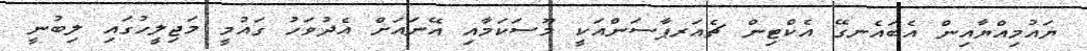
ޔައުމިއްޔާއިން އެބައެނގޭ އެކްޓިން ޗެއަރޕާސަންއަކީ މޫސަކަމާއި އޭނައަށް އެދުވަހު ގައުމީ މަޖިލީހުގައި ލިބުނީ